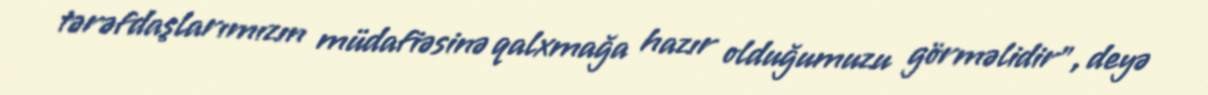
tərəfdaşlarımızın müdafiəsinə qalxmağa hazır olduğumuzu görməlidir”, deyə